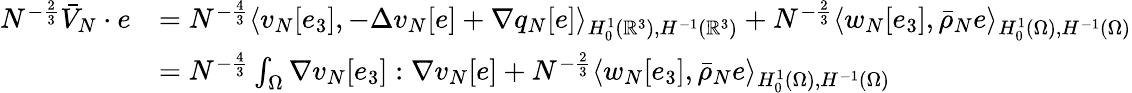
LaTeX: \begin{array}{rl}{N^{-\frac 23}\bar{V}_{N}\cdot e}&{=N^{-\frac 43}\langle v_{N}[e_{3}],-\Delta v_{N}[e]+\nabla q_{N}[e]\rangle_{H_{0}^{1}(\mathbb R^{3}),H^{-1}(\mathbb R^{3})}+N^{-\frac 23}\langle w_{N}[e_{3}],\bar{\rho}_{N}e\rangle_{H_{0}^{1}(\Omega),H^{-1}(\Omega)}}\\ &{={N^{-\frac 43}}\int_{\Omega}\nabla v_{N}[e_{3}]:\nabla v_{N}[e]+N^{-\frac 23}\langle w_{N}[e_{3}],\bar{\rho}_{N}e\rangle_{H_{0}^{1}(\Omega),H^{-1}(\Omega)}}\end{array}